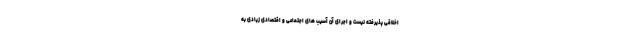
اخلاقی پذیرفته نیست و اجرای آن آسیب های اجتماعی و اقتصادی زیادی به